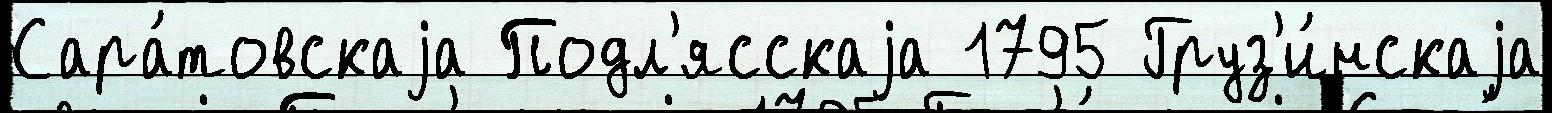
Сара́товскаjа Подл'ясскаjа 1795 Груз'и́нскаjа